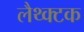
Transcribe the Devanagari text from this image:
लैथ्क्टक